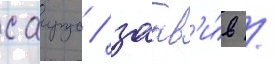
саирус / заав'и́в /